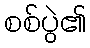
စစ်ပွဲ၏